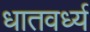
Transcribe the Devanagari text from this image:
धातवर्ध्य